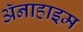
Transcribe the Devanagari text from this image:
अॅनाहाइम